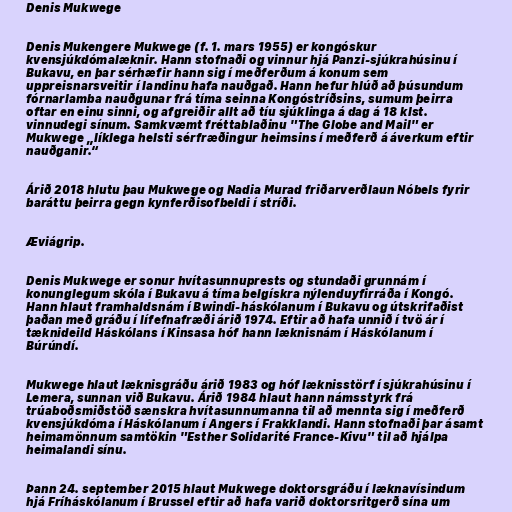
Denis Mukwege

Denis Mukengere Mukwege (f. 1. mars 1955) er kongóskur
kvensjúkdómalæknir. Hann stofnaði og vinnur hjá Panzi-sjúkrahúsinu í
Bukavu, en þar sérhæfir hann sig í meðferðum á konum sem
uppreisnarsveitir í landinu hafa nauðgað. Hann hefur hlúð að þúsundum
fórnarlamba nauðgunar frá tíma seinna Kongóstríðsins, sumum þeirra
oftar en einu sinni, og afgreiðir allt að tíu sjúklinga á dag á 18 klst.
vinnudegi sínum. Samkvæmt fréttablaðinu "The Globe and Mail" er
Mukwege „líklega helsti sérfræðingur heimsins í meðferð á áverkum eftir
nauðganir.“

Árið 2018 hlutu þau Mukwege og Nadia Murad friðarverðlaun Nóbels fyrir
baráttu þeirra gegn kynferðisofbeldi í stríði.

Æviágrip.

Denis Mukwege er sonur hvítasunnuprests og stundaði grunnám í
konunglegum skóla í Bukavu á tíma belgískra nýlenduyfirráða í Kongó.
Hann hlaut framhaldsnám í Bwindi-háskólanum í Bukavu og útskrifaðist
þaðan með gráðu í lífefnafræði árið 1974. Eftir að hafa unnið í tvö ár í
tæknideild Háskólans í Kinsasa hóf hann læknisnám í Háskólanum í
Búrúndí.

Mukwege hlaut læknisgráðu árið 1983 og hóf læknisstörf í sjúkrahúsinu í
Lemera, sunnan við Bukavu. Árið 1984 hlaut hann námsstyrk frá
trúaboðsmiðstöð sænskra hvítasunnumanna til að mennta sig í meðferð
kvensjúkdóma í Háskólanum í Angers í Frakklandi. Hann stofnaði þar ásamt
heimamönnum samtökin "Esther Solidarité France-Kivu" til að hjálpa
heimalandi sínu.

Þann 24. september 2015 hlaut Mukwege doktorsgráðu í læknavísindum
hjá Fríháskólanum í Brussel eftir að hafa varið doktorsritgerð sína um